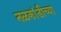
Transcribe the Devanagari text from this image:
नळकांडीच्या